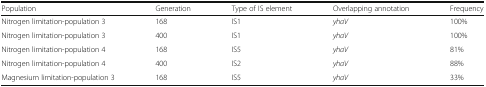
<table><thead><tr><td><b>Population</b></td><td><b>Generation</b></td><td><b>Type of IS element</b></td><td><b>Overlapping annotation</b></td><td><b>Frequency</b></td></tr></thead><tbody><tr><td>Nitrogen limitation-population 3</td><td>168</td><td>IS1</td><td><i>yhaV</i></td><td>100%</td></tr><tr><td>Nitrogen limitation-population 3</td><td>400</td><td>IS1</td><td><i>yhaV</i></td><td>100%</td></tr><tr><td>Nitrogen limitation-population 4</td><td>168</td><td>IS5</td><td><i>yhaV</i></td><td>81%</td></tr><tr><td>Nitrogen limitation-population 4</td><td>400</td><td>IS2</td><td><i>yhaV</i></td><td>88%</td></tr><tr><td>Magnesium limitation-population 3</td><td>168</td><td>IS5</td><td><i>yhaV</i></td><td>33%</td></tr></tbody></table>